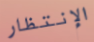
الإنتظار